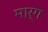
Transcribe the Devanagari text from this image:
मार्ग